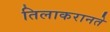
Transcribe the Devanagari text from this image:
तिलाकरानते